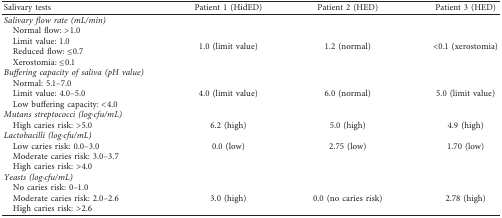
<table><thead><tr><td><b>Salivary tests</b></td><td><b>Patient 1 (HidED)</b></td><td><b>Patient 2 (HED)</b></td><td><b>Patient 3 (HED)</b></td></tr></thead><tbody><tr><td><i>Salivary flow rate (mL/min)</i></td><td> </td><td> </td><td> </td></tr><tr><td> Normal flow: &gt;1.0</td><td rowspan="4">1.0 (limit value)</td><td rowspan="4">1.2 (normal)</td><td rowspan="4">&lt;0.1 (xerostomia)</td></tr><tr><td> Limit value: 1.0</td></tr><tr><td> Reduced flow: ≤0.7</td></tr><tr><td> Xerostomia: ≤0.1</td></tr><tr><td><i>Buffering capacity of saliva (pH value)</i></td><td> </td><td> </td><td> </td></tr><tr><td> Normal: 5.1–7.0</td><td rowspan="3">4.0 (limit value)</td><td rowspan="3">6.0 (normal)</td><td rowspan="3">5.0 (limit value)</td></tr><tr><td> Limit value: 4.0–5.0</td></tr><tr><td> Low buffering capacity: &lt;4.0</td></tr><tr><td><i>Mutans streptococci (log·cfu/mL)</i></td><td> </td><td> </td><td> </td></tr><tr><td> High caries risk: &gt;5.0</td><td>6.2 (high)</td><td>5.0 (high)</td><td>4.9 (high)</td></tr><tr><td><i>Lactobacilli (log·cfu/mL)</i></td><td> </td><td> </td><td> </td></tr><tr><td> Low caries risk: 0.0–3.0</td><td>0.0 (low)</td><td>2.75 (low)</td><td>1.70 (low)</td></tr><tr><td> Moderate caries risk: 3.0–3.7</td><td> </td><td> </td><td> </td></tr><tr><td> High caries risk: &gt;4.0</td><td> </td><td> </td><td> </td></tr><tr><td><i>Yeasts (log·cfu/mL)</i></td><td> </td><td> </td><td> </td></tr><tr><td> No caries risk: 0–1.0</td><td rowspan="3">3.0 (high)</td><td rowspan="3">0.0 (no caries risk)</td><td rowspan="3">2.78 (high)</td></tr><tr><td> Moderate caries risk: 2.0–2.6</td></tr><tr><td> High caries risk: &gt;2.6</td></tr></tbody></table>